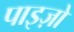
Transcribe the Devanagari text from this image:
पाइज़ो